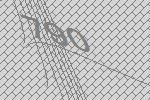
790